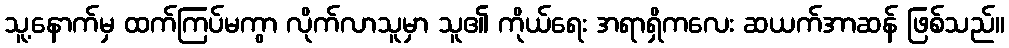
သူ့နောက်မှ ထက်ကြပ်မကွာ လိုက်လာသူမှာ သူ၏ ကိုယ်ရေး အရာရှိကလေး ဆယက်အာဆန် ဖြစ်သည်။